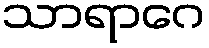
သာရာဂေ